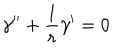
\gamma ^ { \prime \prime } + \frac { 1 } { r } \gamma ^ { \prime } = 0